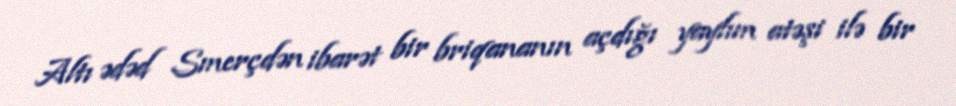
Altı ədəd Smerçdən ibarət bir briqananın açdığı yaylım atəşi ilə bir